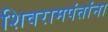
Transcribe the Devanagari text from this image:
शिवरामपंतांना